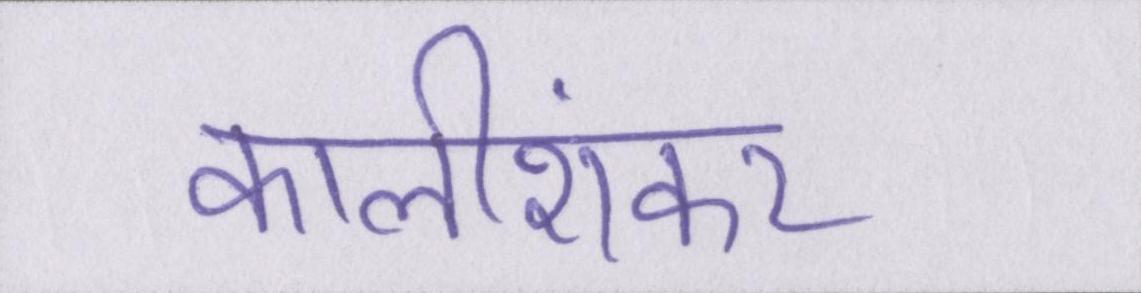
कालीशंकर